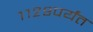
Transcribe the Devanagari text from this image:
११२९पर्यंत